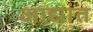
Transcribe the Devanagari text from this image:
आद्यांत